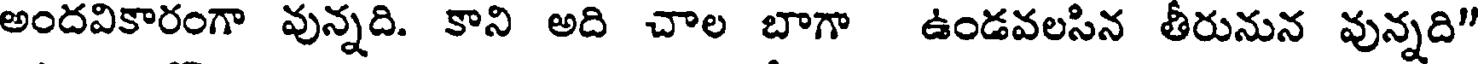
అందవికారంగా వున్నది. కాని అది చాల బాగా ఉండవలసిన తీరునున వున్నది"